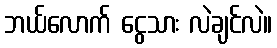
ဘယ်လောက် ငွေသား လဲချင်လဲ။